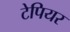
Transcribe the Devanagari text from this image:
टेपियर